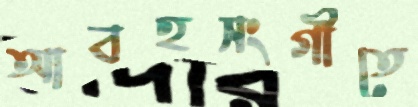
আবহসংগীতে